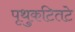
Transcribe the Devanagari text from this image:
पृथुकटितटे